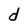
Character: d